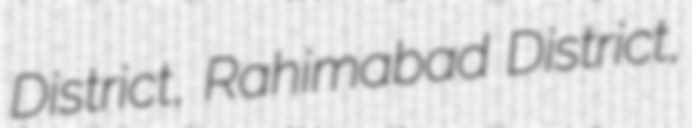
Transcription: District, Rahimabad District,